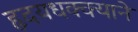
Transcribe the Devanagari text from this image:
हृदयधक्क्याने